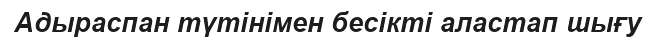
Адыраспан түтінімен бесікті аластап шығу